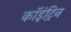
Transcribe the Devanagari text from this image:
कॉइंट्रिन